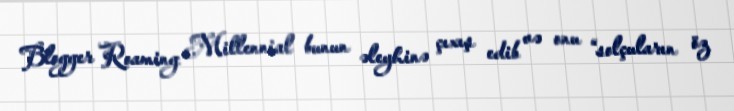
Blogger Roaming Millennial bunun əleyhinə çıxış edib və onu “solçuların öz